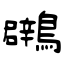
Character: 鸊